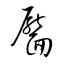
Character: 靨